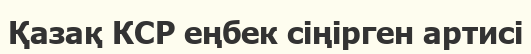
Қазақ КСР еңбек сіңірген артисі